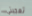
تعجبني